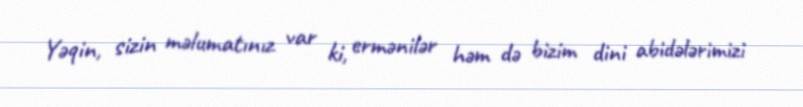
Yəqin, sizin məlumatınız var ki, ermənilər həm də bizim dini abidələrimizi